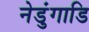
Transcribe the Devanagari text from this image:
नेडुंगाडि